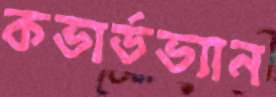
কভার্ডভ্যান